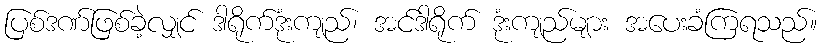
ပြစ်ဒဏ်ဖြစ်ခဲ့လျှင် ဒါရိုက်ဒုံးကျည်၊ အင်ဒါရိုက် ဒုံးကျည်များ အပေးခံကြရသည်။